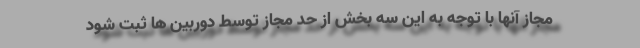
مجاز آنها با توجه به این سه بخش از حد مجاز توسط دوربین ها ثبت شود